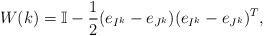
LaTeX: \begin{align*}W(k) = \mathbb{I} - \frac{1}{2}(e_{I^{k}}-e_{J^{k}})(e_{I^{k}}-e_{J^{k}})^T,\end{align*}